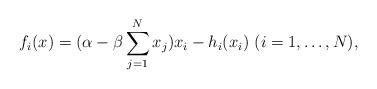
LaTeX: \begin{align*}f_i(x) = (\alpha - \beta\sum_{j=1}^{N} x_j)x_i - h_i(x_i) \ (i=1,\ldots,N),\end{align*}